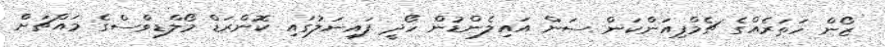
ޒޯން ހަތަރެއްގެ ޗެމްޕިއަންކަން ސަން އައިލެންޑުން ހޯދީ ފައިނަލުގައި ކޮންރަޑް މޯލްޑިވްސްގެ މައްޗަށް